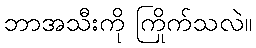
ဘာအသီးကို ကြိုက်သလဲ။